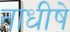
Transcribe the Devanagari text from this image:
नाधीषे